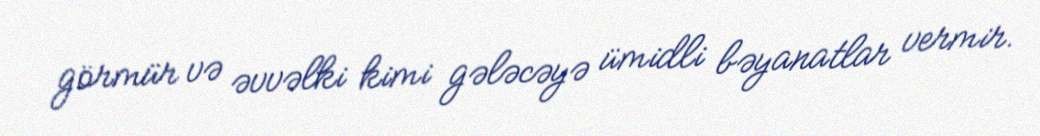
görmür və əvvəlki kimi gələcəyə ümidli bəyanatlar vermir.